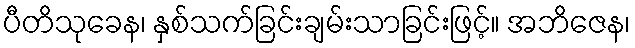
ပီတိသုခေန၊ နှစ်သက်ခြင်းချမ်းသာခြင်းဖြင့်။ အဘိဇေန၊